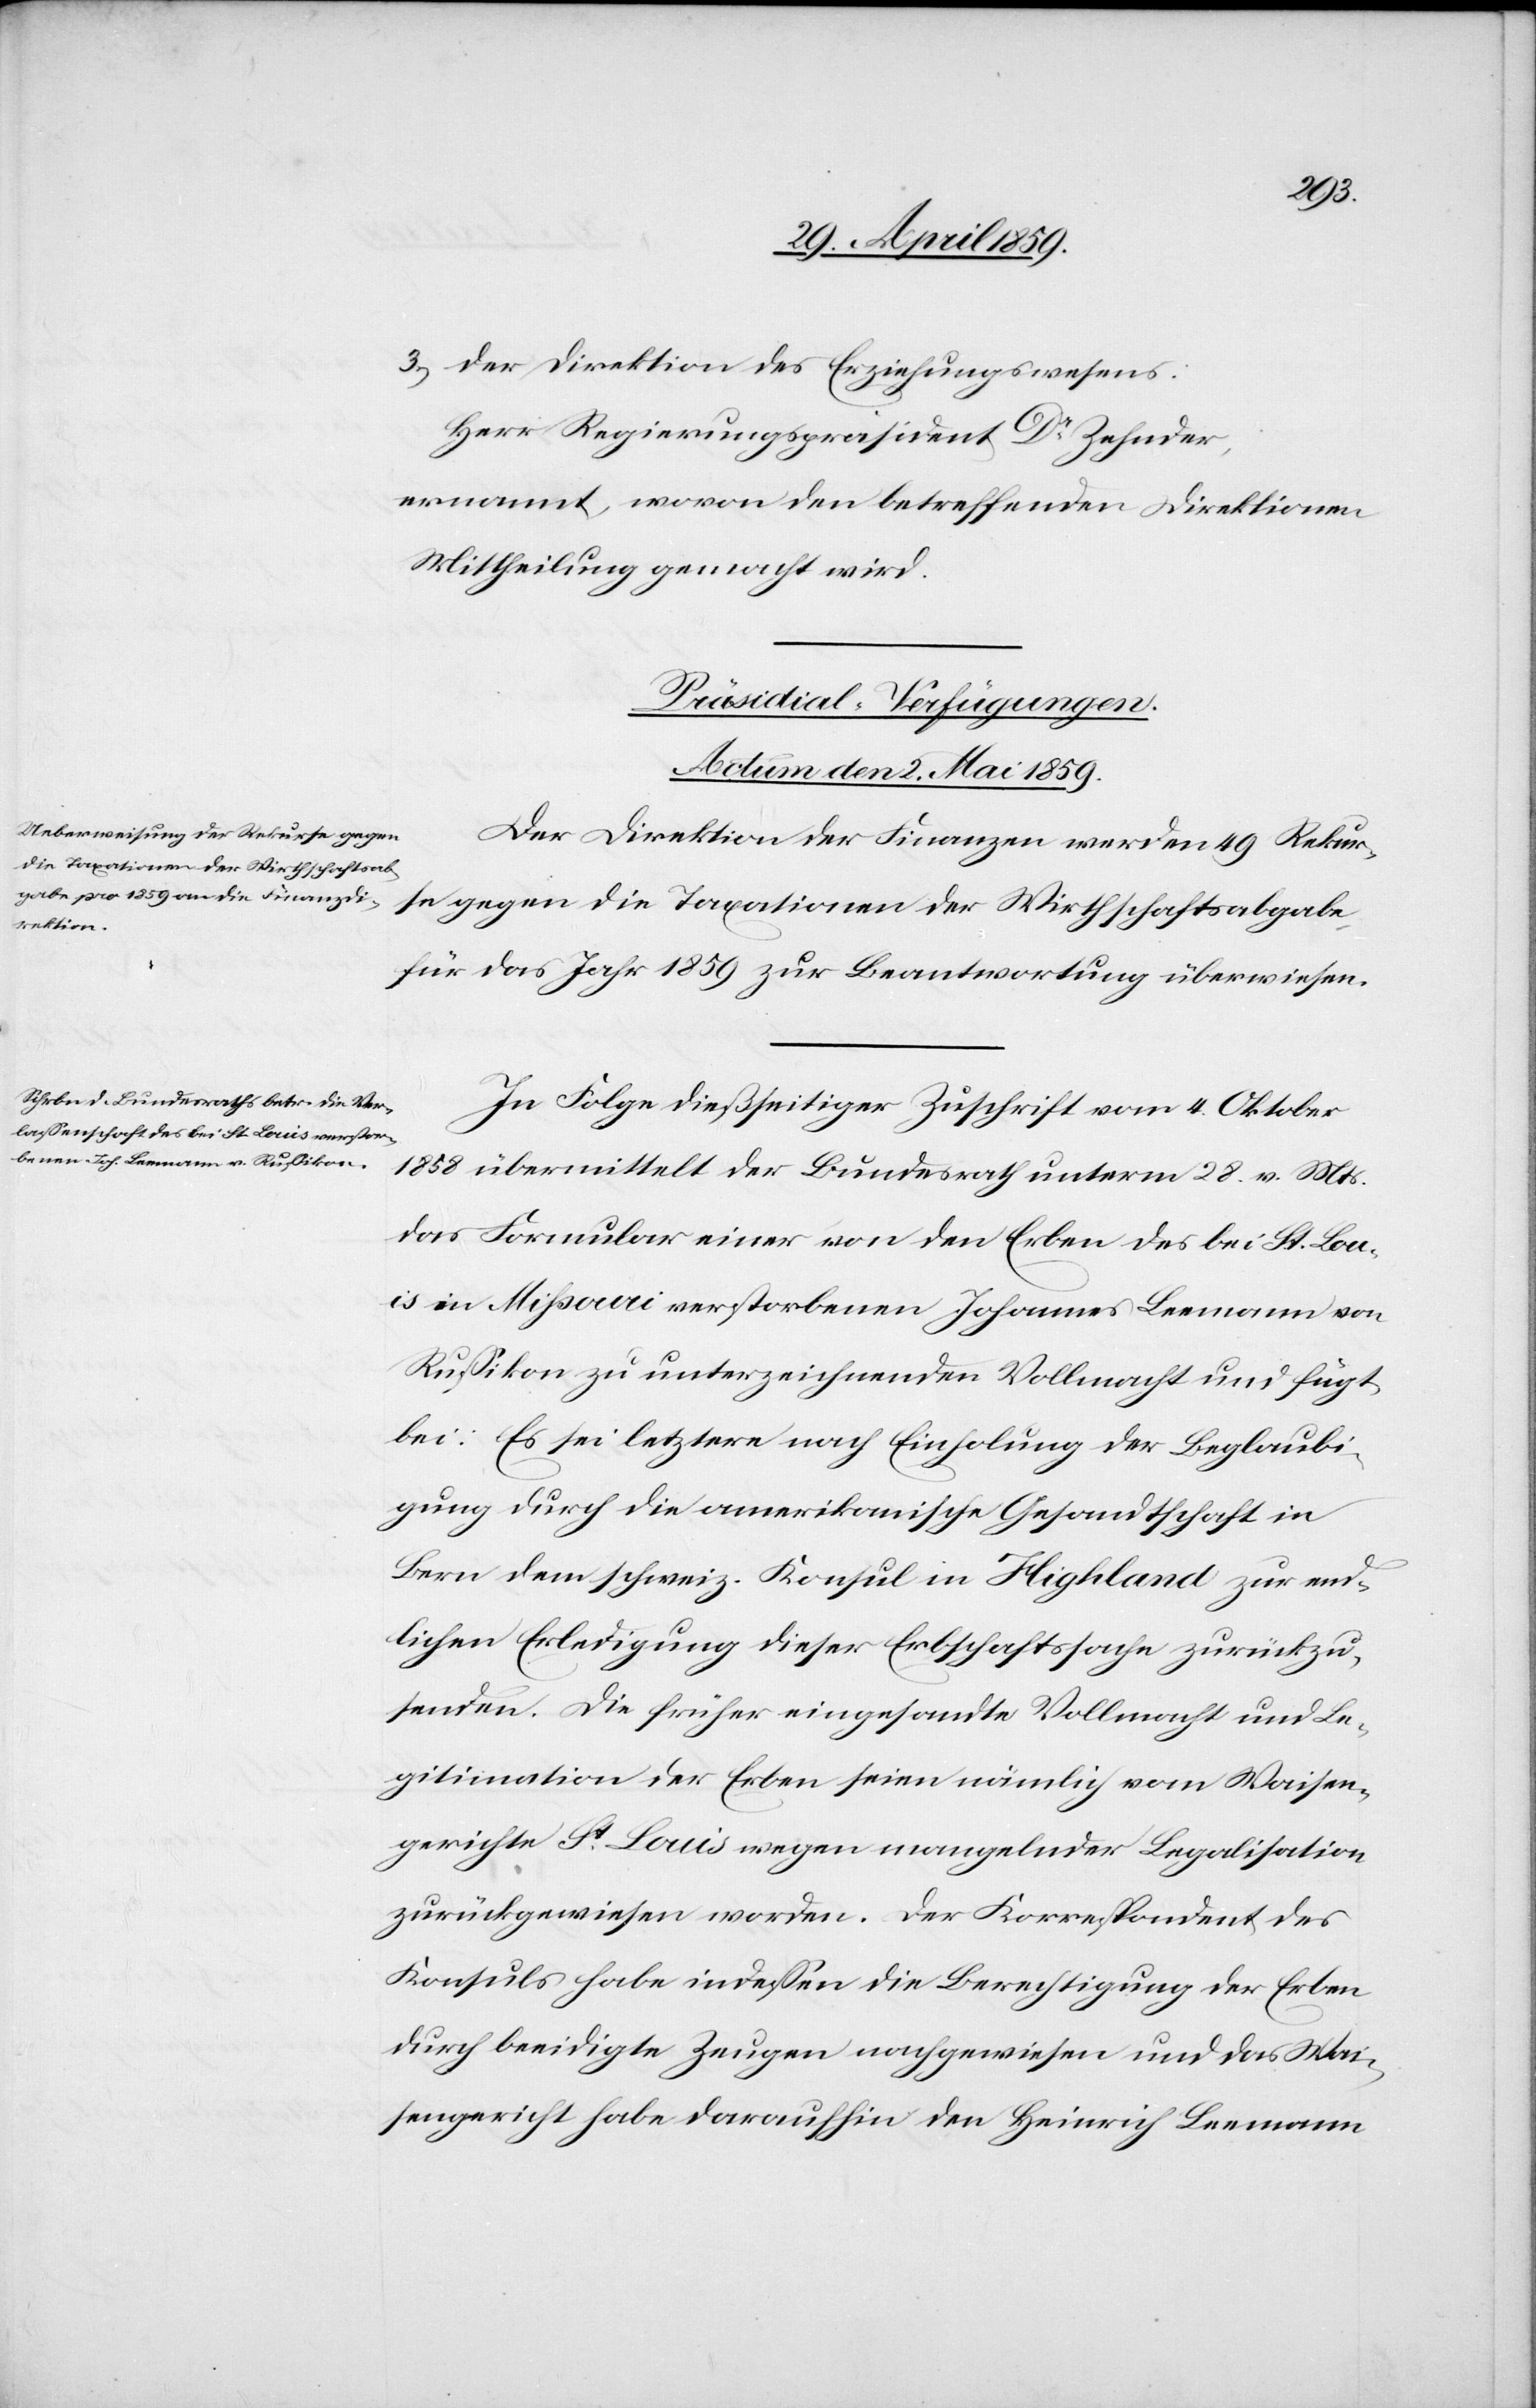
3) der Direktion des Erziehungswesens:
Herr Regierungspräsident Dr. Zehnder,
ernannt, wovon den betreffenden Direktion
Mittheilung gemacht wird.
[Präsidial-Verfügungen.
Actum den 2. Mai 1859.]
Der Direktion der Finanzen werden 49 Rekur¬
se gegen die Taxationen der Wirthschaftsabgabe
für das Jahr 1859 zur Beantwortung überwiesen.
In Folge dießseitiger Zuschrift vom 4. Oktober
1858 übermittelt der Bundesrath unterm 28. v. Mts.
das Formular einer von den Erben des bei St. Lou¬
is in Mißouri verstorbenen Johannes Leemann von
Rußikon zu unterzeichnenden Vollmacht und fügt
bei: Es sei letztere nach Einholung der Beglaubi¬
gung durch die amerikanische Gesandtschaft in
Bern dem schweiz. Konsul in Highland zur end¬
lichen Erledigung dieser Erbschaftssache zurückzu¬
senden. Die früher eingesandte Vollmacht und Le¬
gitimation der Erben seien nämlich vom Waisen¬
gerichte St. Louis wegen mangelnder Legalisation
zurückgewiesen worden. Der Korrespondent des
Konsuls habe indeßen die Berechtigung der Erben
durch beeidigte Zeugen nachgewiesen und das Wai¬
sengericht habe daraufhin den Heinrich Leemann